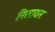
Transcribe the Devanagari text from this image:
निलायन